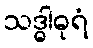
သဒ္ဓါဓုရံ